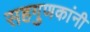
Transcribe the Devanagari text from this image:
सहगुणकांनी